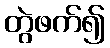
တွဲဖက်၍